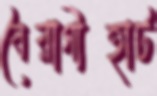
বৈরাগীহাট